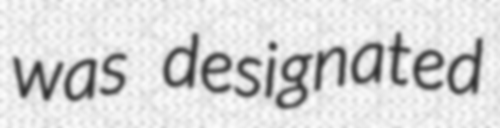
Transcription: was designated